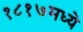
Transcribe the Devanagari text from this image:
१८१७मध्ये